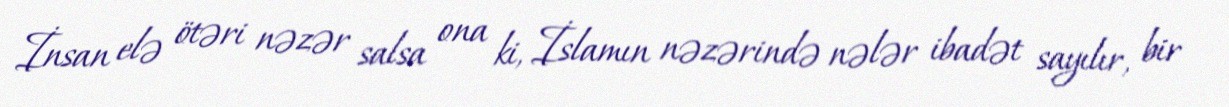
İnsan elə ötəri nəzər salsa ona ki, İslamın nəzərində nələr ibadət sayılır, bir